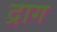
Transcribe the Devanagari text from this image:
द्राग